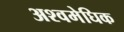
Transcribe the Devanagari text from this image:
अश्वमेघिक